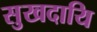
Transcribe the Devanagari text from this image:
सुखदायि